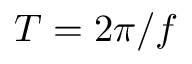
T = 2 \pi / f